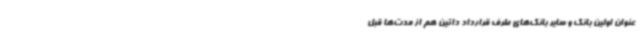
عنوان اولین بانک و سایر بانک‌های طرف قرارداد داتین هم از مدت‌ها قبل